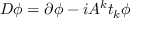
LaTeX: D \phi = \partial \phi - i A ^ { k } t _ { k } \phi